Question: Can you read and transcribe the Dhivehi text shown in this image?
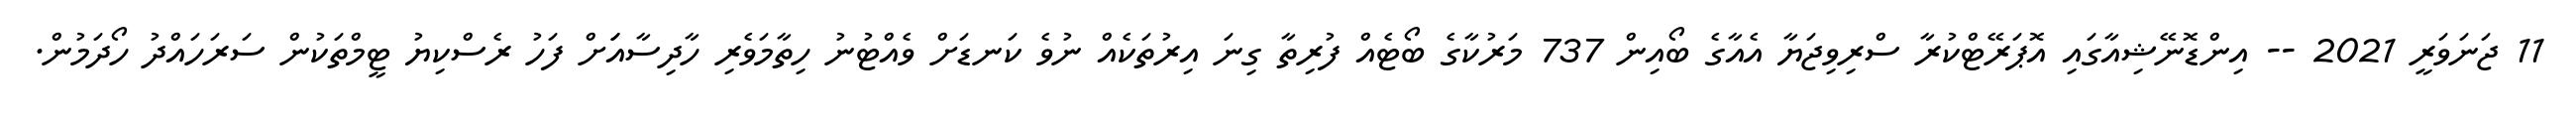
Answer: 11 ޖަނަވަރީ 2021 -- އިންޑޮނޭޝިއާގައި އޮޕަރޭޓްކުރާ ސްރިވިޖަޔާ އެއާގެ ބޯއިން 737 މަރުކާގެ ބޯޓެއް ފުރިތާ ގިނަ އިރުތަކެއް ނުވެ ކަނޑަށް ވެއްޓުނު ހިތާމަވެރި ހާދިސާއަަށް ފަހު ރެސްކިޔު ޓީމްތަކުން ސަރަހައްދު ހޯދަމުން.